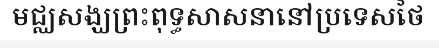
មជ្ឈសង្ឃព្រះពុទ្ធសាសនានៅប្រទេសថៃ